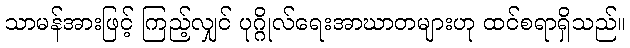
သာမန်အားဖြင့် ကြည့်လျှင် ပုဂ္ဂိုလ်ရေးအာဃာတများဟု ထင်စရာရှိသည်။